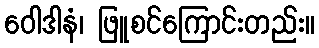
ဝေါဒါနံ၊ ဖြူစင်ကြောင်းတည်း။